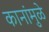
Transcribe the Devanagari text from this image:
कानांमुळे